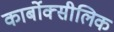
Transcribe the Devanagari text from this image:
कार्बोक्सीलिक